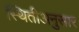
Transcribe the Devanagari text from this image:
स्थितीअनुसार